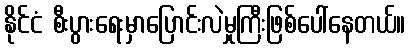
နိုင်ငံ စီးပွားရေးမှာပြောင်းလဲမှုကြီးဖြစ်ပေါ်နေတယ်။